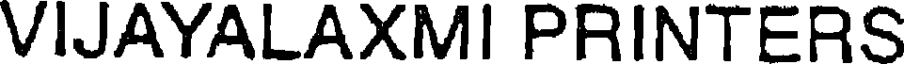
VIJAYALAXMI PRINTERS